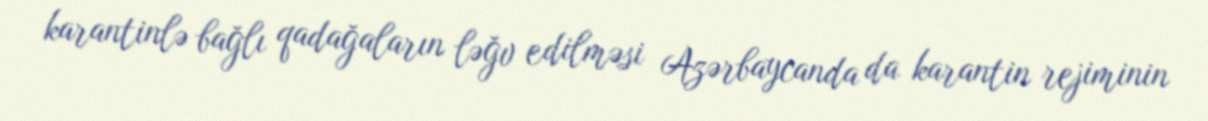
karantinlə bağlı qadağaların ləğv edilməsi Azərbaycanda da karantin rejiminin